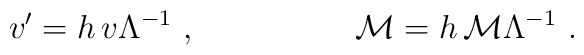
v '  = h \,v  \Lambda ^{-1} \ , \hskip 2 cm {\cal M}  = h \, {\cal M}  \Lambda^{-1} \ .